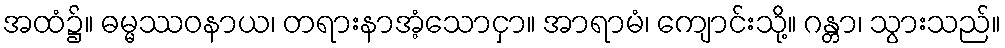
အထံ၌။ ဓမ္မဿဝနာယ၊ တရားနာအံ့သောငှာ။ အာရာမံ၊ ကျောင်းသို့။ ဂန္တာ၊ သွားသည်။